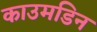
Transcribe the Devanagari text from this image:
काउमडिन